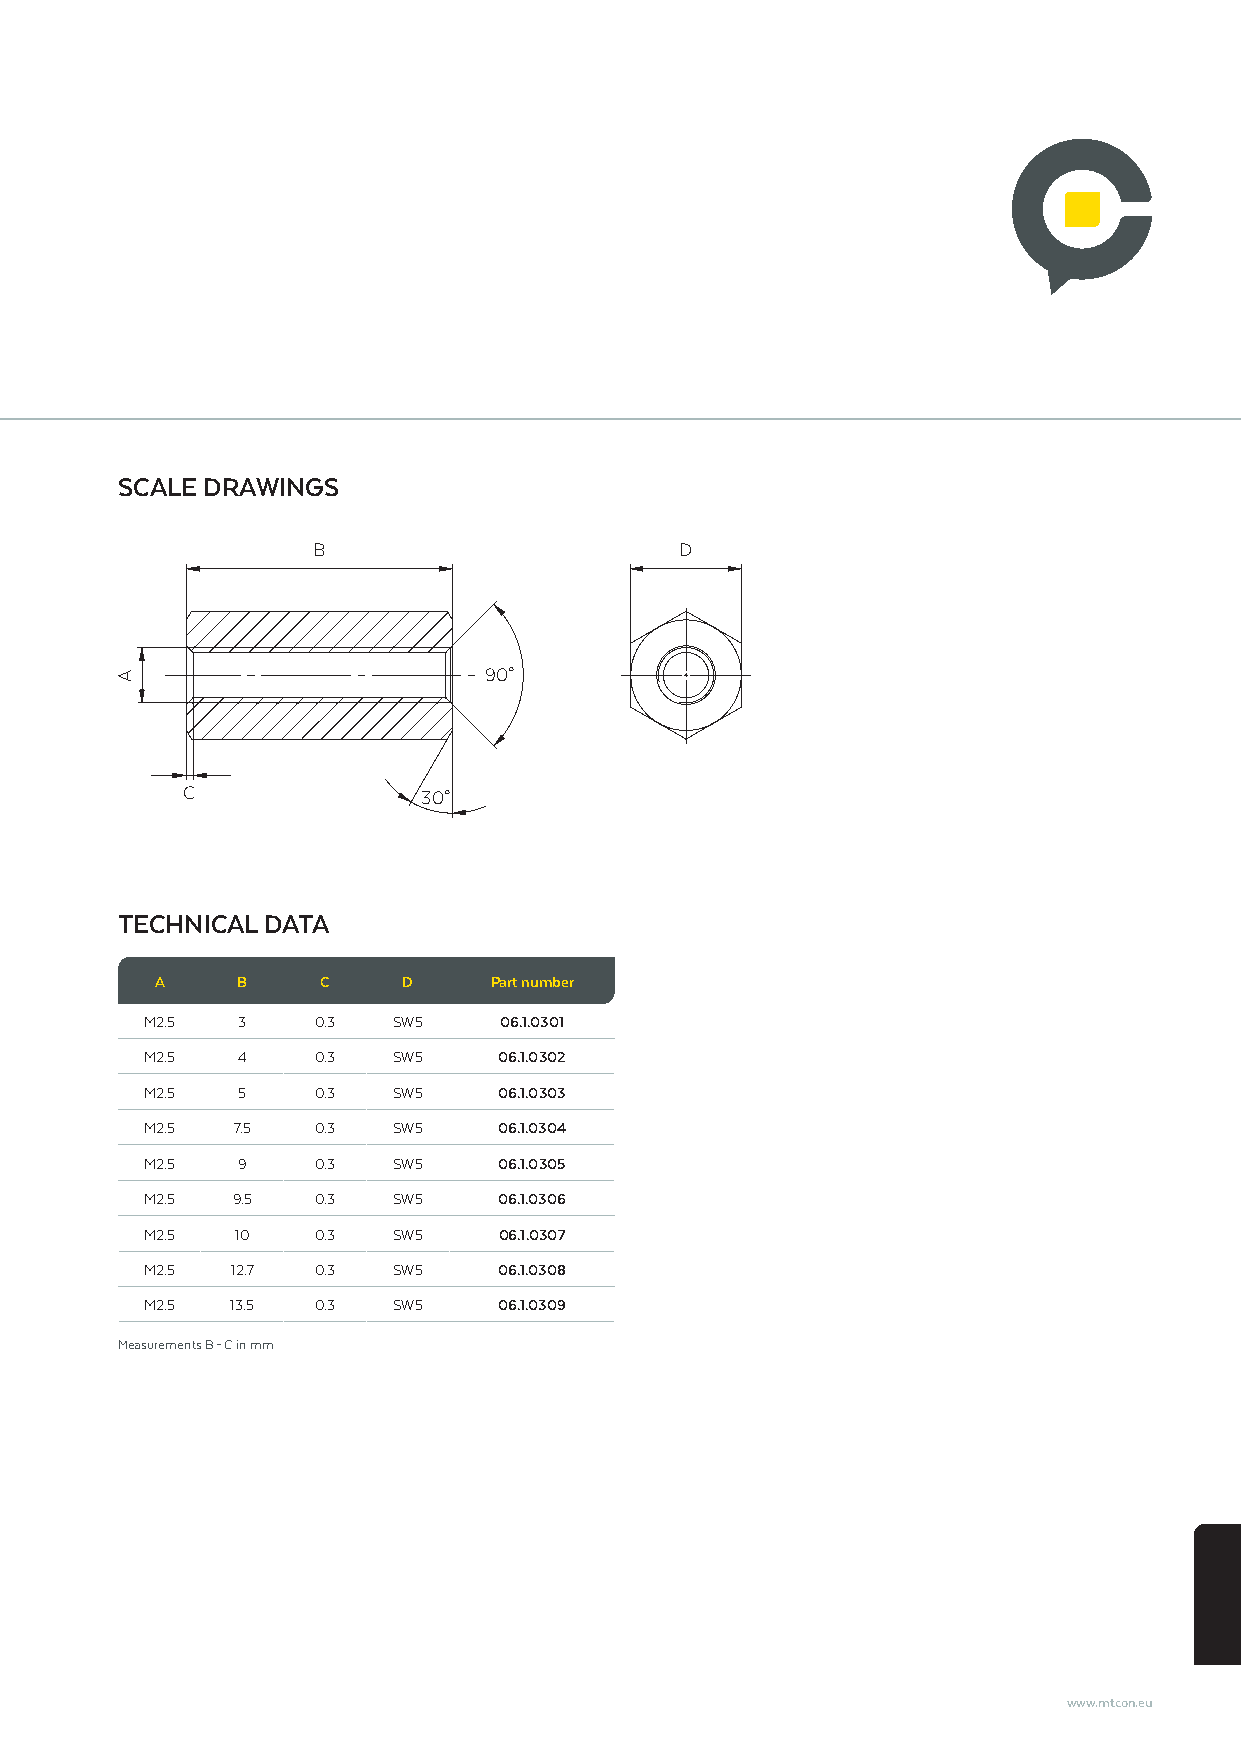
SCALE DRAWINGS
 B                       D
 90°
 C               30°
 TECHNICAL DATA
 A     B    C     D    Part number
 M2.5  3    0.3  SW5    06.1.0301
 M2.5  4    0.3  SW5    06.1.0302
 M2.5  5    0.3  SW5    06.1.0303
 M2.5 7.5   0.3  SW5    06.1.0304
 M2.5  9    0.3  SW5    06.1.0305
 M2.5 9.5   0.3  SW5    06.1.0306
 M2.5  10   0.3  SW5    06.1.0307
 M2.5 12.7  0.3  SW5    06.1.0308
 M2.5 13.5  0.3  SW5    06.1.0309
 Measurements B – C in mm
 www.mtcon.eu
 A